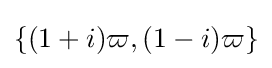
\{(1+i)\varpi ,(1-i)\varpi \}